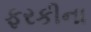
ફરકીના